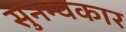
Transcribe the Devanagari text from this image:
सुनम्यकार